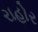
રાહોર